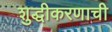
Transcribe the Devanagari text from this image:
शुद्धीकरणाची